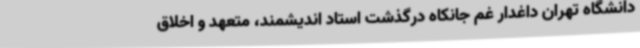
دانشگاه تهران داغدار غم جانکاه درگذشت استاد اندیشمند، متعهد و اخلاق